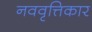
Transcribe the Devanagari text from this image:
नववृत्तिकार